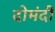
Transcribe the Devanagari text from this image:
दोमंदी